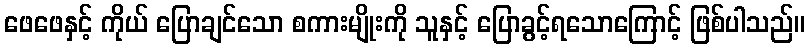
ဖေဖေနှင့် ကိုယ် ပြောချင်သော စကားမျိုးကို သူနှင့် ပြောခွင့်ရသောကြောင့် ဖြစ်ပါသည်။